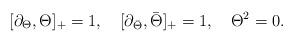
LaTeX: \begin{align*}[\partial_{\Theta}, \Theta ]_+ = 1, \quad[\partial_{\bar\Theta}, \bar{\Theta} ]_+ = 1, \quad \Theta^2=0.\end{align*}